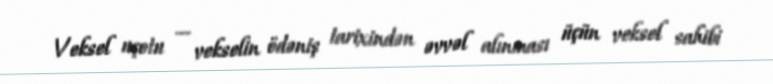
Veksel uçotu — vekselin ödəniş tarixindən əvvəl alınması üçün veksel sahibi